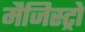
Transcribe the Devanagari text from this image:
मैजिस्ट्रो